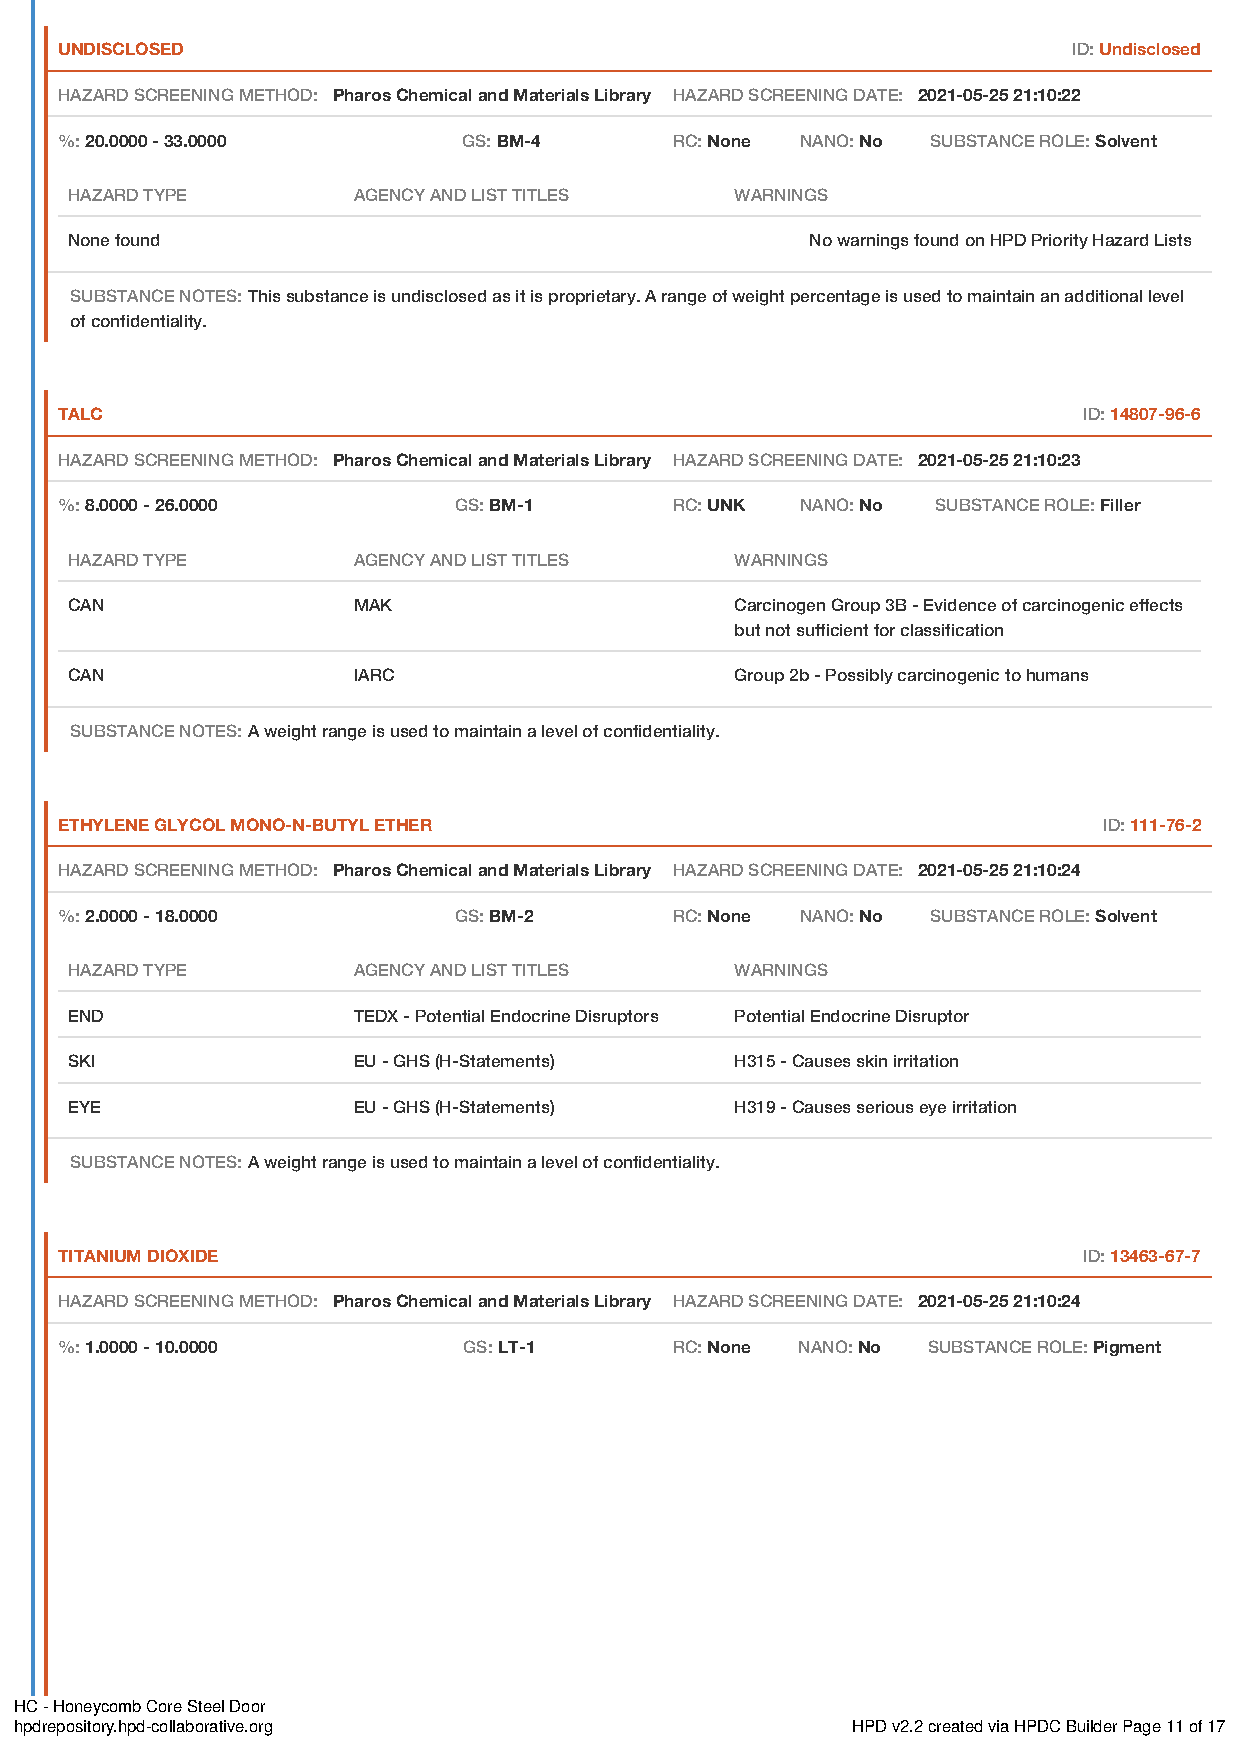
UNDISCLOSED                                                        ID: Undisclosed
 HAZARD SCREENING METHOD: Pharos Chemical and Materials Library HAZARD SCREENING DATE: 2021-05-25 21:10:22
 %: 20.0000 - 33.0000       GS: BM-4      RC: None NANO: No SUBSTANCE ROLE: Solvent
 HAZARD TYPE        AGENCY AND LIST TITLES    WARNINGS
 None found                                        No warnings found on HPD Priority Hazard Lists
 SUBSTANCE NOTES: This substance is undisclosed as it is proprietary. A range of weight percentage is used to maintain an additional level
 of confidentiality.
 TALC                                                                ID: 14807-96-6
 HAZARD SCREENING METHOD: Pharos Chemical and Materials Library HAZARD SCREENING DATE: 2021-05-25 21:10:23
 %: 8.0000 - 26.0000       GS: BM-1       RC: UNK NANO: No SUBSTANCE ROLE: Filler
 HAZARD TYPE        AGENCY AND LIST TITLES    WARNINGS
 CAN                MAK                       Carcinogen Group 3B - Evidence of carcinogenic effects
 but not sufficient for classification
 CAN                IARC                      Group 2b - Possibly carcinogenic to humans
 SUBSTANCE NOTES: A weight range is used to maintain a level of confidentiality.
 ETHYLENE GLYCOL MONO-N-BUTYL ETHER                                   ID: 111-76-2
 HAZARD SCREENING METHOD: Pharos Chemical and Materials Library HAZARD SCREENING DATE: 2021-05-25 21:10:24
 %: 2.0000 - 18.0000       GS: BM-2       RC: None NANO: No SUBSTANCE ROLE: Solvent
 HAZARD TYPE        AGENCY AND LIST TITLES    WARNINGS
 END                TEDX - Potential Endocrine Disruptors Potential Endocrine Disruptor
 SKI                EU - GHS (H-Statements)   H315 - Causes skin irritation
 EYE                EU - GHS (H-Statements)   H319 - Causes serious eye irritation
 SUBSTANCE NOTES: A weight range is used to maintain a level of confidentiality.
 TITANIUM DIOXIDE                                                    ID: 13463-67-7
 HAZARD SCREENING METHOD: Pharos Chemical and Materials Library HAZARD SCREENING DATE: 2021-05-25 21:10:24
 %: 1.0000 - 10.0000        GS: LT-1      RC: None NANO: No SUBSTANCE ROLE: Pigment
 HC - Honeycomb Core Steel Door
 hpdrepository.hpd-collaborative.org                    HPD v2.2 created via HPDC Builder Page 11 of 17